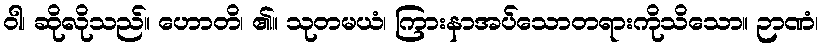
ဝါ၊ ဆိုလိုသည်။ ဟောတိ၊ ၏။ သုတမယံ၊ ကြားနာအပ်သောတရားကိုသိသော။ ဉာဏံ၊